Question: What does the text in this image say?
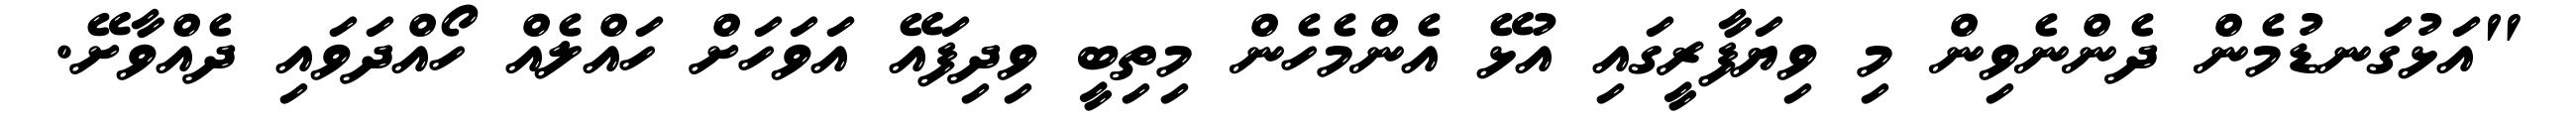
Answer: "އަޅުގަނޑުމެން ދެންނެވިން މި ވިޔަފާރީގައި އުޅޭ އެންމެހެން މިތިބީ ވިދިފައޭ އަވަހަށް ހައްލެއް ހޯއްދަވައި ދެއްވާށޭ.